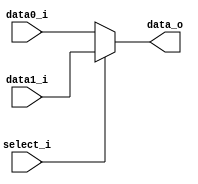
module Mux2to1( data0_i, data1_i, select_i, data_o );

parameter size = 16;			   
			
//I/O ports               
input wire	[size-1:0] data0_i;          
input wire	[size-1:0] data1_i;
input wire	select_i;
output wire	[size-1:0] data_o; 

//Main function
assign data_o = ( select_i == 1 ) ? data1_i : 
                ( select_i == 0 ) ? data0_i :
                16'bxxxxxxxxxxxxxxxx;

endmodule